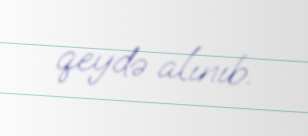
qeydə alınıb.